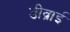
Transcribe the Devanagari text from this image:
डीव्राई